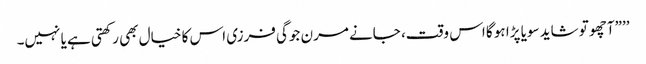
’’”آچھو تو شاید سویا پڑا ہو گا اس وقت، جانے مرن جوگی فرزی اس کا خیال بھی رکھتی ہے یا نہیں۔